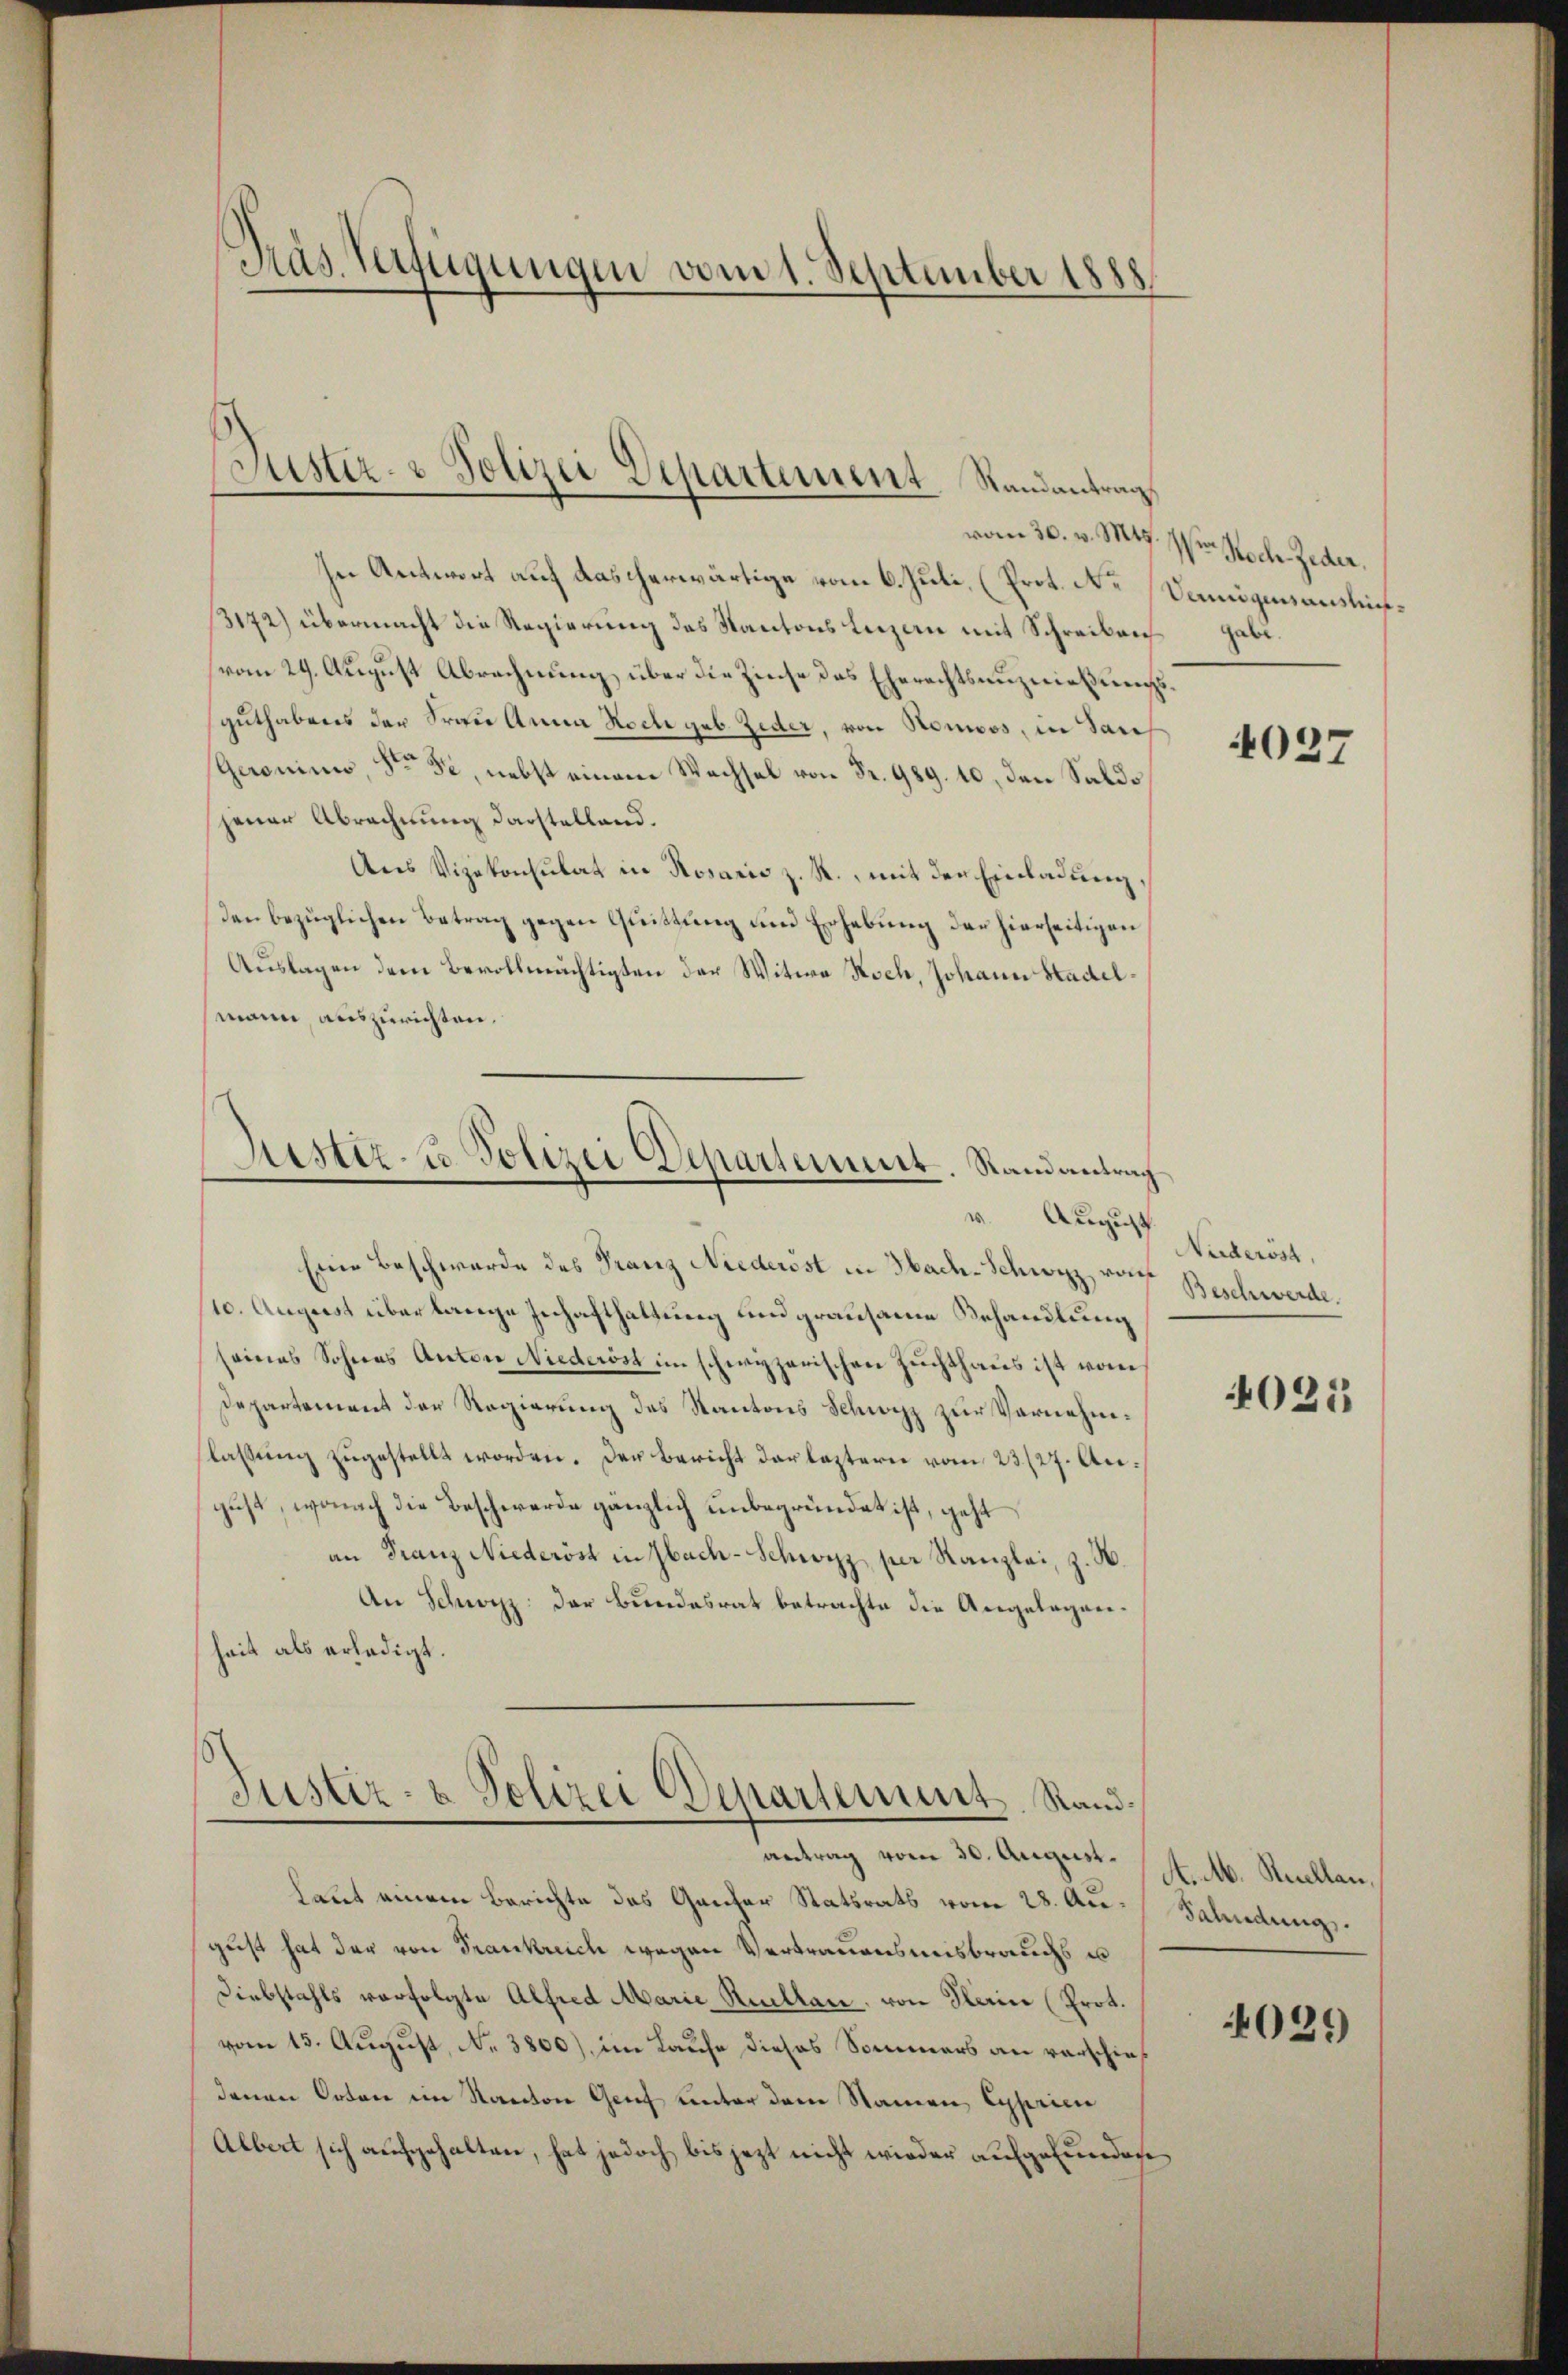
Präs. Verfügungen vom 1. September 1888

Justiz- & Polizei Departement Randantrag

vom 30. v. Mts.
In Antwort auf dascherwärtige vom 6. Juli, (Prot. No
3172) übermacht die Regierung des Kantons Luzern mit Schreiben
vom 29. August Abrechnung über die Zinse des Eherechtsanznießungsguthabens der Frau Anna Hoche geb. Zeder, von Nomoos, in Sach
Geroninn, Stern 52, nebst einem Wechsel von Fr. 989. 10, den Saldo
jener Abrechnung darstelland.
Aus Vizekonsulat in Rosaris z. R., mit den Einladung,
den bezüglichen Betrag gegen Quittung und Erhebung der hierseitigen
Auslagen dem Bevollmächtigten der Witwe Koch, Johann Stadel
mann auszurichten.
Justiz- u Polizei Departement. Randantrag
v. August
Eine Beschwerde des Franz Niederöst in Hach-Schwyz, von Beschwerde.
10. August überlange Inhafthaltung und grausame Behandlung
seines Sohnes Anton Niederöst im schwyzerischen Zuchthaus ist vom
Departement der Regierung des Kantons Schwyz zur Vornehmlassung zugestellt worden. Der Bericht der leztern vom 23/27. August, wonach die Beschwerde gänzlich unbegründet ist, geht
an Franz Niederöst in Sach-Schwyzz, per Kanzlei, z. B.
An Schwyzz: der Bundesrat betrachte die Angelegenheit als erledigt.

Justiz- & Polizei Departement. Randantrag vom 30. August M. M. Recllan¬

laut einem Berichte des Ganzer Statsrats vom 28. August hat der von Frankreich wegen Vertrauensmisbrauchs u
Diebstahls verfolgte Alfred Marie Rellen, von Klein (Prot.
vom 13. August, N. 3800), im Laufe dieses Sommers an verschiedenen Orten im Kanton Genf unter dem Namen Cyprien
Albert sich aufgehalten, hat jedoch bis jezt nicht wieder aufgefundene

Ven. Noch Jeder.
Vennigensausbriefgabe.

4027

Nüderöst,

4025

Salndung.

029